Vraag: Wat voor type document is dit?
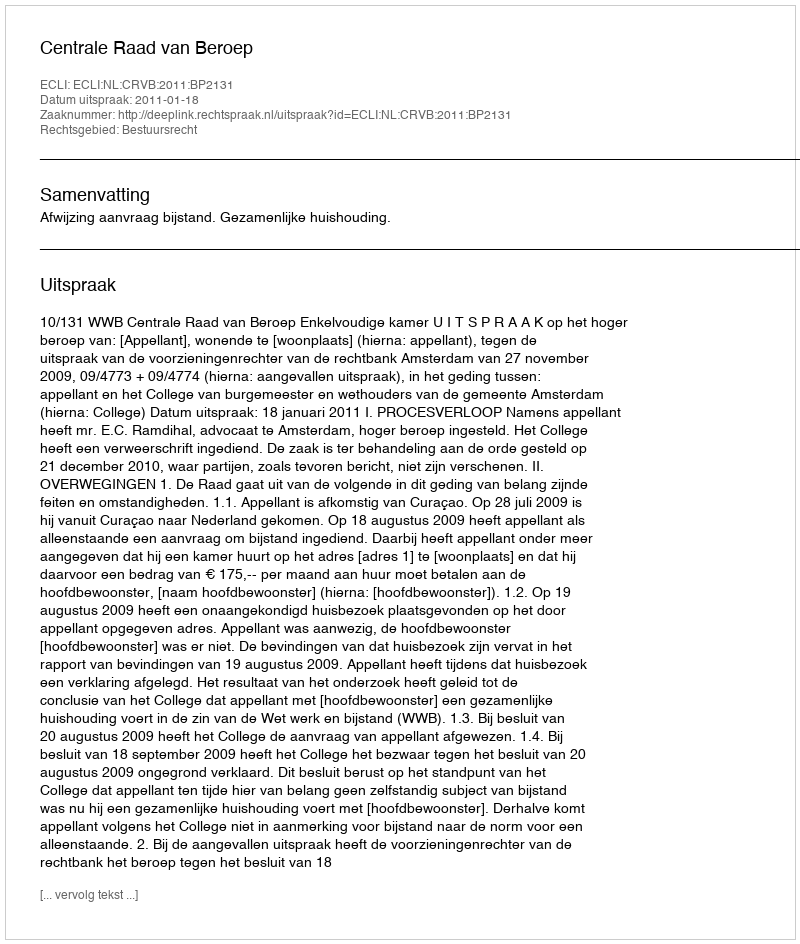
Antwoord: Uitspraak